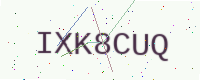
Text: IXK8CUQ